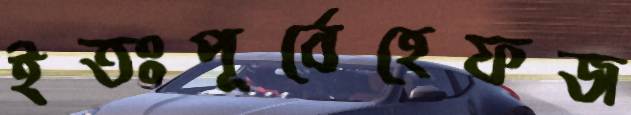
ইতঃপূর্বেহেফজ